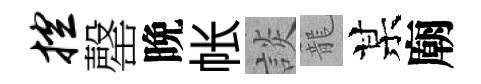
控罄晩帐談籠某廟